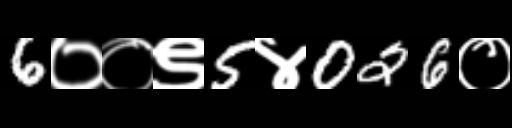
Text: 6००९5४026०